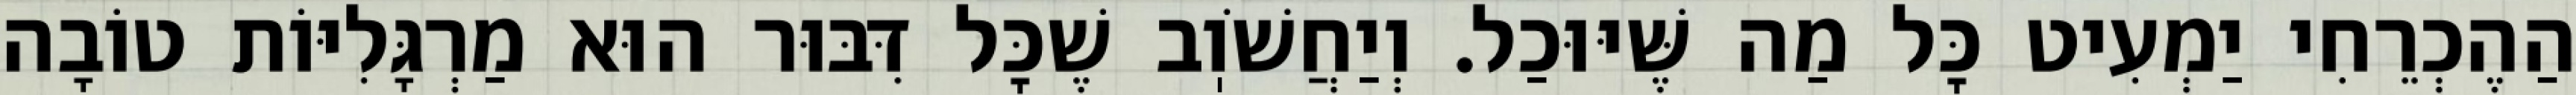
הַהֶכְרֵחִי יַמְעִיט כׇּל מַה שֶּׁיּוּכַל. וְיַחֲשֹׁוֽב שֶׁכׇּל דִּבּוּר הוּא מַרְגָּלִיּוֹת טוֹבָה